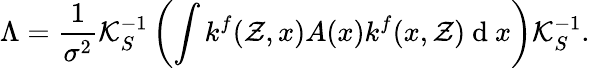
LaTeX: \Lambda=\frac{1}{\sigma^{2}}\mathcal{K}_{S}^{-1}\left(\int k^{f}(\mathcal{Z},x)A(x)k^{f}(x,\mathcal{Z})\mathrm{~d~}x\right)\mathcal{K}_{S}^{-1}.